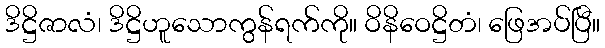
ဒိဋ္ဌိဇာလံ၊ ဒိဋ္ဌိဟူသောကွန်ရက်ကို။ ဝိနိဝေဋ္ဌိတံ၊ ဖြေအပ်ပြီ။